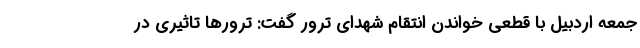
جمعه اردبیل با قطعی خواندن انتقام شهدای ترور گفت: ترورها تاثیری در